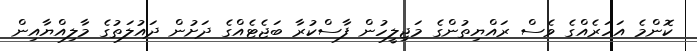
ކޮންމެ އަހަރެއްގެ ވެސް ރައްޔިތުންގެ މަޖިލީހުން ފާސްކުރާ ބަޖެޓެއްގެ ދަށުން ދައުލަތުގެ މާލިއްޔާއިން